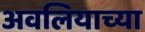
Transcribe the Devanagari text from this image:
अवलियाच्या